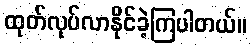
ထုတ်လုပ်လာနိုင်ခဲ့ကြပါတယ်။